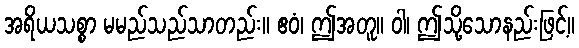
အရိယသစ္စာ မမည်သည်သာတည်း။ ဧဝံ၊ ဤအတူ။ ဝါ၊ ဤသို့သောနည်းဖြင့်။